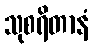
သုစရိတာနံ